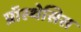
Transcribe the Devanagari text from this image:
प्रॉस्थेसिस